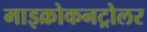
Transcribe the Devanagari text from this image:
माइक्रोकनट्रोलर